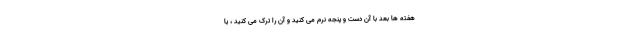
هفته ها بعد با آن دست و پنجه نرم می کنید و آن را ترک می کنید ، یا